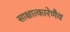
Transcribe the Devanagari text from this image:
साक्षात्कारेणैव